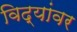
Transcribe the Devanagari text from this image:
विद्यांवर